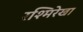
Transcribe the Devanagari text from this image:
रश्मिरेखा